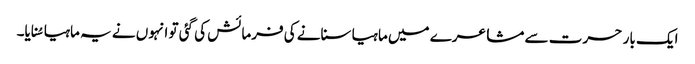
ایک بار حسرت سے مشاعرے میں ماہیا سنانے کی فرمائش کی گئی تو انہوں نے یہ ماہیا سُنایا۔